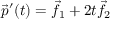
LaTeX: { \vec { p } } ^ { \prime } ( t ) = { \vec { f } } _ { 1 } + 2 t { \vec { f } } _ { 2 }